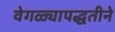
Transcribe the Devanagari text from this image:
वेगळ्यापद्धतीने